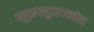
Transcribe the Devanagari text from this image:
सुरसुरानंद